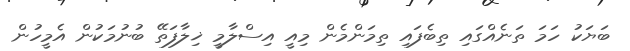
ބަޔަކު ހަމަ ތަނެއްގައި ތިބެފައި ތިމަންމެން މިއީ އިސްލާމީ ޚިލާފަތޭ ބުނުމަކުން އެމީހުން